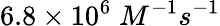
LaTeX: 6.8\times 10^{6}\; M^{-1}s^{-1}